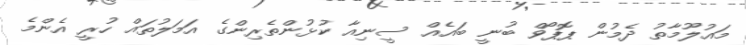
މައުލޫމާތު ދެމުން ޕޮޕޯވް ބުނީ ބައެއް ސީނިއާ ކުޅުންތެރިންގެ އަމަލުތައް ހުރީ އެންމެ